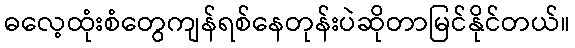
ဓလေ့ထုံးစံတွေကျန်ရစ်နေတုန်းပဲဆိုတာမြင်နိုင်တယ်။